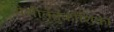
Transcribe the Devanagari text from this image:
पेशीतंतुकोशिका